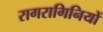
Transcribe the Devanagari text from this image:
रागरागिनियों